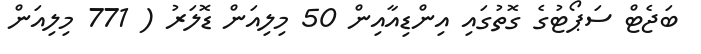
ބަޖެޓް ސަޕޯޓުގެ ގޮތުގައި އިންޑިއާއިން 50 މިލިއަން ޑޮލަރު ( 771 މިލިއަން